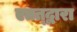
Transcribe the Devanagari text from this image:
एतत्द्वारा